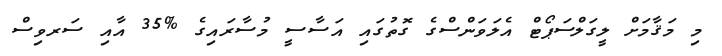
މި މަޤާމަށް ލީގަލްސަޕޯޓް އެލަވަންސްގެ ގޮތުގައި އަސާސީ މުސާރައިގެ %35 އާއި ސަރވިސް